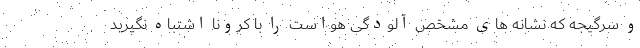
و سرگیجه که نشانه های مشخص آلودگی هواست را با کرونا اشتباه نگیرید